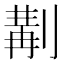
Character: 𠞣